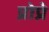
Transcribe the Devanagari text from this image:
प्रोप्रे